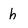
Character: h